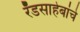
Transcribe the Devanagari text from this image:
रँडसाहेबांचे